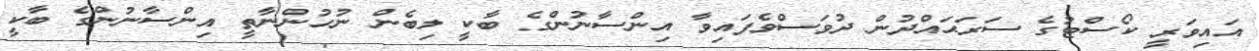
އައިވަރީ ކޯސްޓުގެ ސަރަޙައްދުން ދުވަސްވެފައިވާ އިންސާނުންގެ ބާކީ ލިބެން ނުހުންނާތީ އިންސާނުންގެ ބާކީ